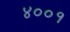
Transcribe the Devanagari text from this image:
४००१